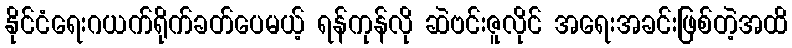
နိုင်ငံရေးဂယက်ရိုက်ခတ်ပေမယ့် ရန်ကုန်လို ဆဲဗင်းဇူလိုင် အရေးအခင်းဖြစ်တဲ့အထိ